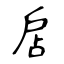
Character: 扂